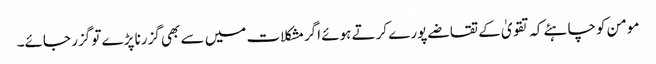
مومن کوچاہئے کہ تقویٰ کے تقاضے پورے کرتے ہوئے اگرمشکلات میں سے بھی گزرنا پڑے تو گزر جائے۔